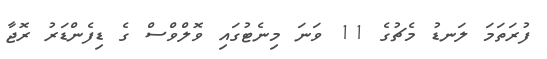
ފުރަތަމަ ލަނޑު މެޗުގެ 11 ވަނަ މިނެޓުގައި ވޮލްވްސް ގެ ޑިފެންޑަރު ރޮޖާ